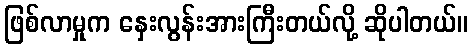
ဖြစ်လာမှုက နှေးလွန်းအားကြီးတယ်လို့ ဆိုပါတယ်။